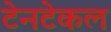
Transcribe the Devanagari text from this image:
टेनटेकल